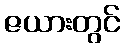
ဇယားတွင်